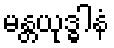
မန္တယုဒ္ဓါနံ